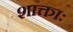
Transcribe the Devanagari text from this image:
शाक्ताः